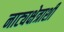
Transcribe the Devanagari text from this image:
नाट्यक्षेत्राशी